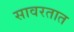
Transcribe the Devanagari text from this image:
सावरतात